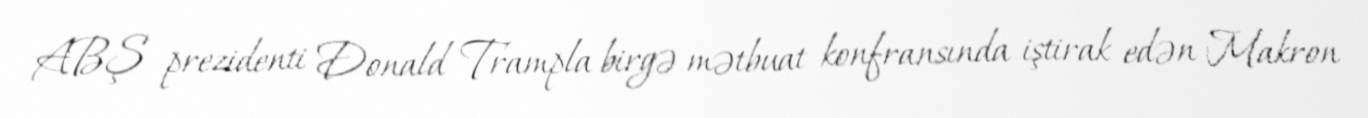
ABŞ prezidenti Donald Trampla birgə mətbuat konfransında iştirak edən Makron